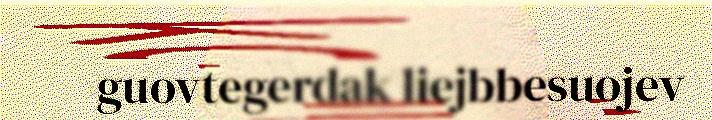
guovtegerdak liejbbesuojev